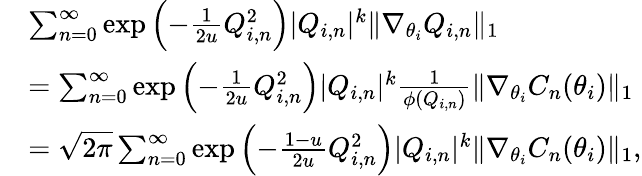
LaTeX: \begin{array}{rl}&{\sum_{n=0}^{\infty}\exp\left(-\frac{1}{2u}Q_{i,n}^{2}\right)|Q_{i,n}|^{k}\| \nabla_{\theta_{i}}Q_{i,n}\| _{1}}\\ &{=\sum_{n=0}^{\infty}\exp\left(-\frac{1}{2u}Q_{i,n}^{2}\right)|Q_{i,n}|^{k}\frac{1}{\phi(Q_{i,n})}\| \nabla_{\theta_{i}}C_{n}(\theta_{i})\| _{1}}\\ &{=\sqrt{2\pi}\sum_{n=0}^{\infty}\exp\left(-\frac{1-u}{2u}Q_{i,n}^{2}\right)|Q_{i,n}|^{k}\| \nabla_{\theta_{i}}C_{n}(\theta_{i})\| _{1},}\end{array}